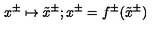
x ^ { \pm } \mapsto \tilde { x } ^ { \pm } ; x ^ { \pm } = f ^ { \pm } ( \tilde { x } ^ { \pm } )